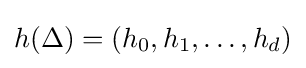
h(\Delta )=(h_{0},h_{1},\ldots ,h_{d})